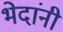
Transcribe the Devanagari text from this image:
भेदांनी